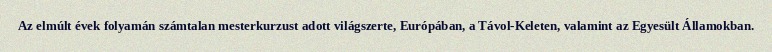
Az elmúlt évek folyamán számtalan mesterkurzust adott világszerte, Európában, a Távol-Keleten, valamint az Egyesült Államokban.